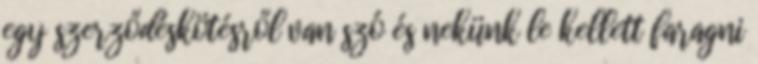
egy szerződéskötésről van szó és nekünk le kellett faragni